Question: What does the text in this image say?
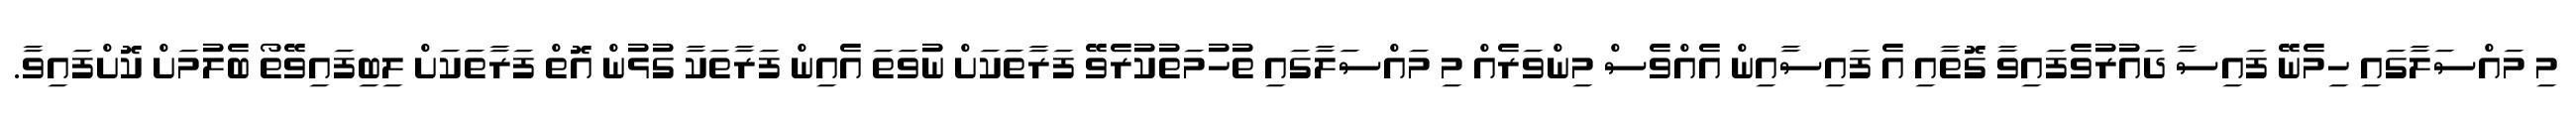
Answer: މި މައްސަލާގައި ހިމެނޭ ފައިސާ ދައުރުވެފައިވާ ގޮތާއި އެ ފައިސާއިން އެއްވެސް މިންވަރެއް މި މައްސަލާގައި ތުހުމަތުކުރެވޭ ފަރާތަކަށް ނުވަތަ އެއިން ފަރާތަކާ ގުޅުން އޮތް ފަރާތަކަށް ލިބިފައިވޭތޯ ބެލުމަށް ކޮށްފައިވާ.